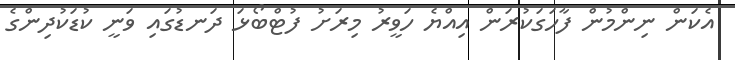
އެކަން ނިންމުން ފާހަގަކުރަން އިއްޔެ ހަވީރު މިރަށު ފުޓްބޯޅަ ދަނޑުގައި ވަނީ ކުޑަކުދިންގެ